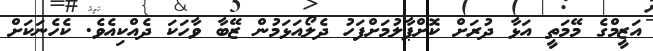
އަޒީމްގެ މޭމަތީ އަޅާ ދުރަށް ކޮށްޕާލުމަށްފަހު ދެލޯއަޅަމުން ޒޭބާ ވާހަކަ ދެއްކިއެވެ. ކެހެނަކަށް